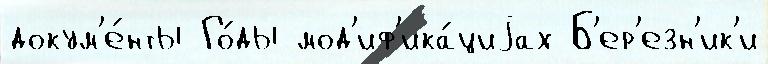
докум'е́нты Го́ды мод'иф'ика́циjах Б'ер'езн'ик'и